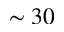
\sim 3 0